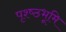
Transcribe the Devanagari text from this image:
पृश्ष्‍ठभूमि